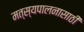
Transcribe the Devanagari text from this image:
मत्‍स्यपालनासाठी